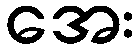
အေး